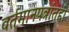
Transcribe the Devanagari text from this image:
वर्तमानपत्रांतही